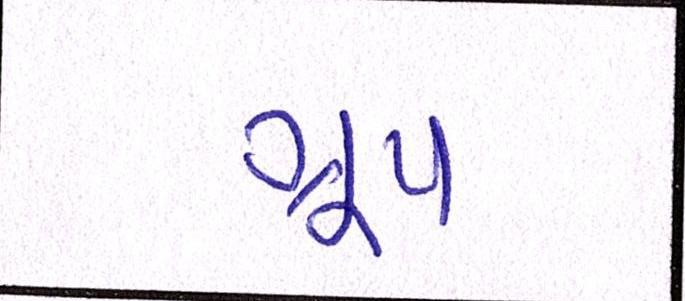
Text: ગ્રૂપ